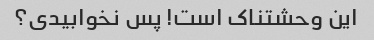
این وحشتناک است! پس نخوابیدی؟